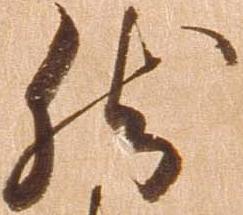
然